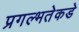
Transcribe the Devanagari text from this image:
प्रगल्‍भतेकडे